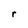
Character: r